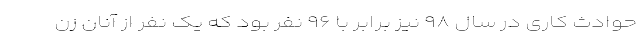
حوادث کاری در سال ۹۸ نیز برابر با ۹۶ نفر بود که یک نفر از آنان زن